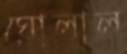
ঘোলাল